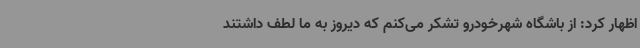
اظهار کرد: از باشگاه شهرخودرو تشکر می‌کنم که دیروز به ما لطف داشتند